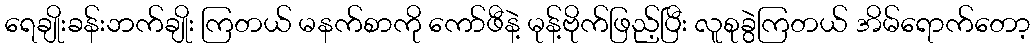
ရေချိုးခန်းဘက်ချိုး ကြတယ် မနက်စာကို ကော်ဖီနဲ့ မုန့်ဗိုက်ဖြည့်ပြီး လူစုခွဲကြတယ် အိမ်ရောက်တော့